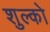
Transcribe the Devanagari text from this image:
शुल्को